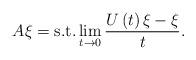
LaTeX: \begin{align*}A\xi=\mbox{s.t.}\lim_{t\rightarrow0}\frac{U\left(t\right)\xi-\xi}{t}.\end{align*}